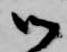
御